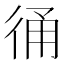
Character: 𢓶